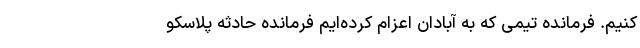
کنیم. فرمانده تیمی که به آبادان اعزام کرده‌ایم فرمانده حادثه پلاسکو